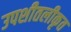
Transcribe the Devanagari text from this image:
उपशीतलीकृत